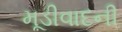
મૂડીવાદની